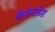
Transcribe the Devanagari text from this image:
केवेनडिश